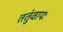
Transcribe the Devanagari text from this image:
ततुंवायः